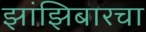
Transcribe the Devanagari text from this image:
झांझिबारचा